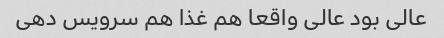
عالی بود عالی واقعا هم غذا هم سرویس دهی